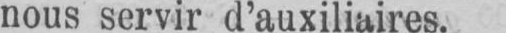
nous servir d’auxiliaires.